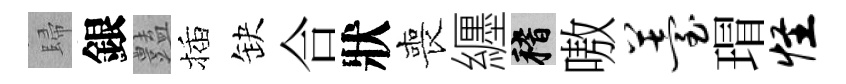
歸銀𧰟插缺合狀喪纒稽嗷薹瑁怪